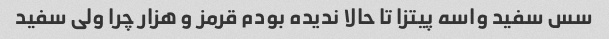
سس سفید واسه پیتزا تا حالا ندیده بودم قرمز و هزار چرا ولی سفید